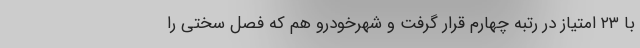
با ۲۳ امتیاز در رتبه چهارم قرار گرفت و شهرخودرو هم که فصل سختی را